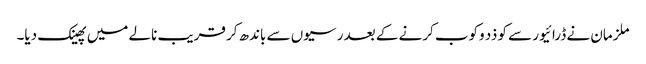
ملزمان نے ڈرائیور سے کو ذد وکوب کرنے کے بعد رسیوں سے باندھ کر قریب نالے میں پھینک دیا۔